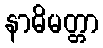
နာဓိမတ္တာ